Vabadussoja_Ajaloo_Komitee, lk 58
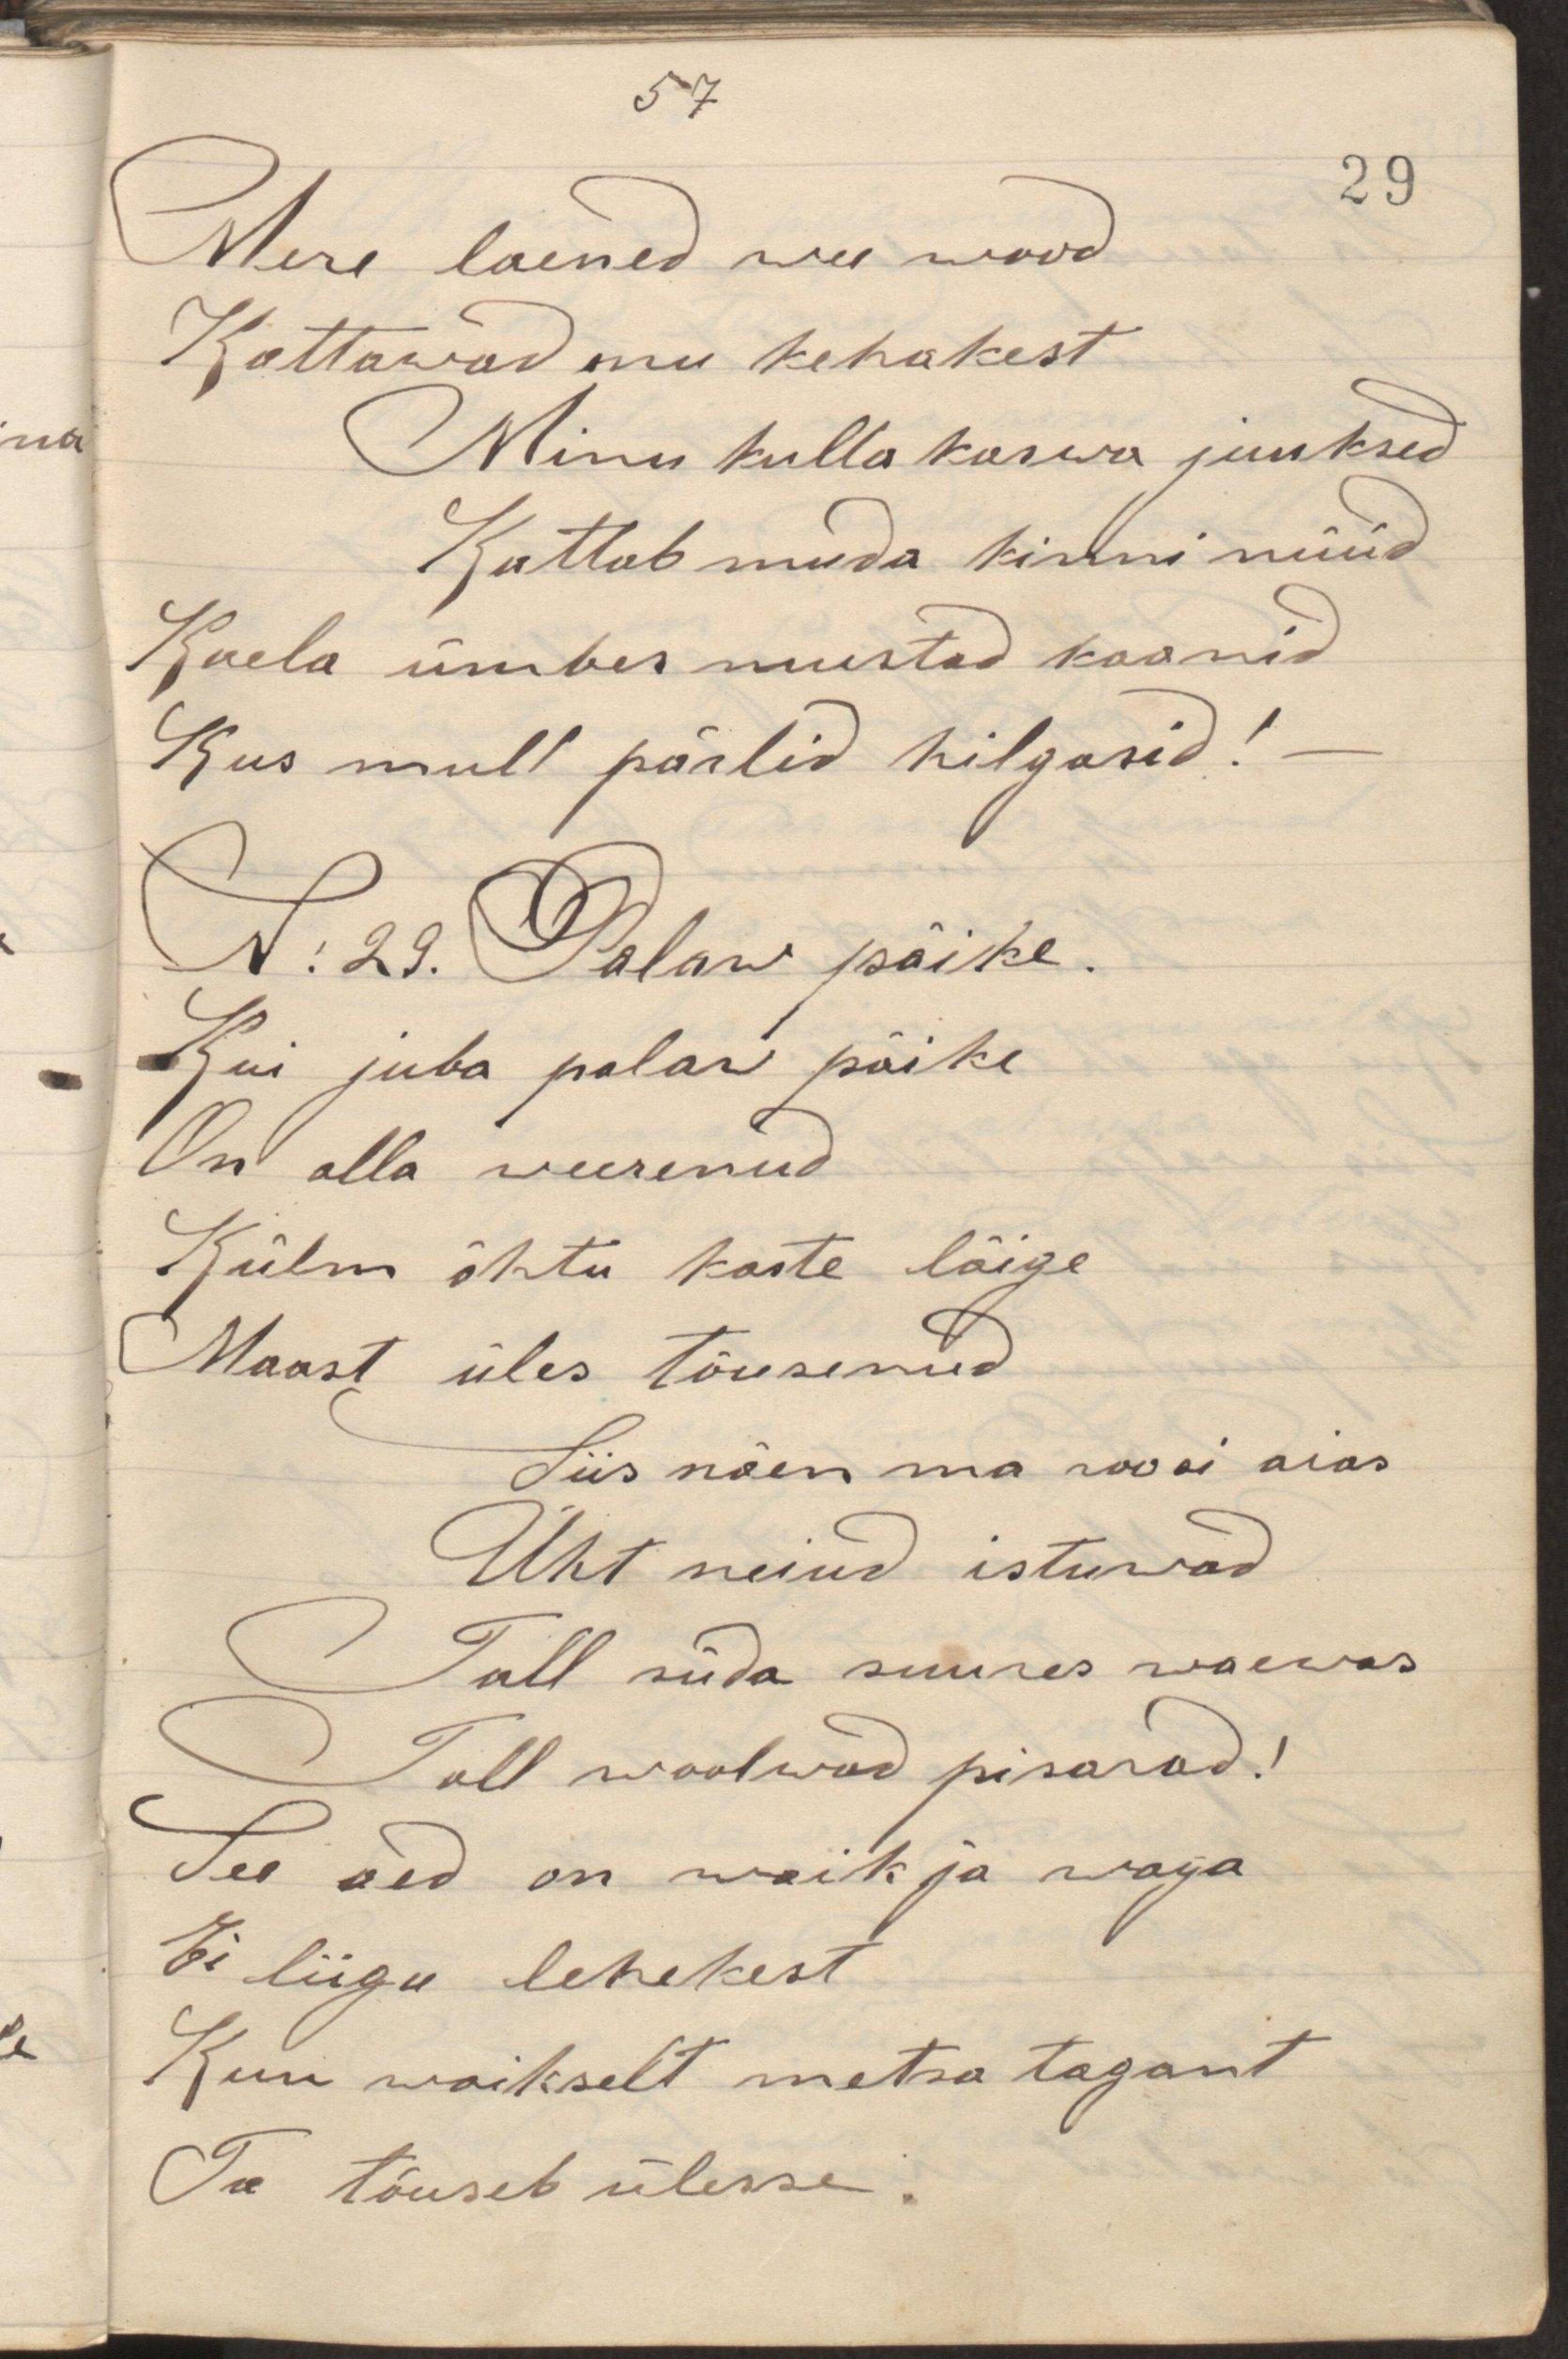
Mere laened wee wood
Kattawad mu kehakest
Minu kulla karwa juuksed
Kattab muda kinni nüüd
Kaela ümber mustad kaanid
Kus mull pärlid hilgasid!
N: 29. Palaw päike.
Kui juba palaw päike
On alla weerenud
Külm õhtu kaste läige
Maast üles tõusenud
Siis näen ma roosi aias
Üht neiud istuwad
Tall süda suures waewas
Tall woolwad pisarad!
See aed on waik ja waga
Ei liigu lehekest
Kuu waikselt metsa tagant
Ta tõuseb ülesse.